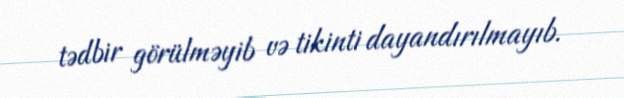
tədbir görülməyib və tikinti dayandırılmayıb.